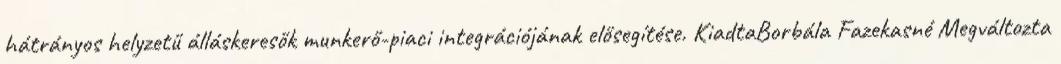
hátrányos helyzetű álláskeresők munkerő-piaci integrációjának elősegítése. KiadtaBorbála Fazekasné Megváltozta